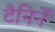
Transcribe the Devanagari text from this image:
टैनिनें